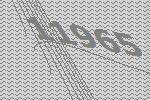
11965